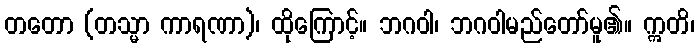
တတော (တသ္မာ ကာရဏာ)၊ ထိုကြောင့်။ ဘဂဝါ၊ ဘဂဝါမည်တော်မူ၏။ ဣတိ၊